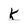
Character: k